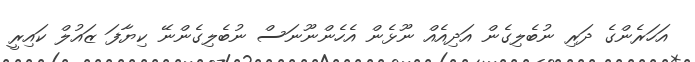
އަހަރެންގެ ދަރި ނުބެލިގެން އަދިއެއް ނޫޅެން އެހެންނޫނަސް ނުބެލިގެންނޭ ކިޔާފަ ޒައުލް ކައިރީ